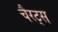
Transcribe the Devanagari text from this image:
चैरट्स